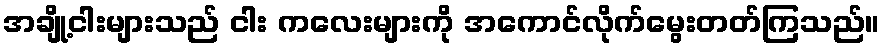
အချို့ငါးများသည် ငါး ကလေးများကို အကောင်လိုက်မွေးတတ်ကြသည်။